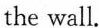
the wall.